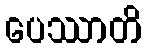
ပေဿာတိ